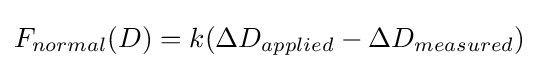
F_{normal}(D)=k(\Delta D_{applied}-\Delta D_{measured})